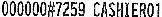
000000#7259 CASHIER01